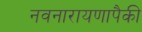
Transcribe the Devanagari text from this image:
नवनारायणापैकी